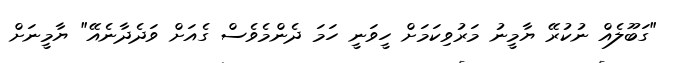
"ގަބޫލެއް ނުކުރޭ ޔާމީނު މަރުވިކަމަށް ހީވަނީ ހަމަ ދެންމެވެސް ގެއަށް ވަދެދާނެއޭ" ޔާމީނަށް